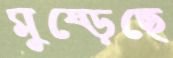
মুষ্‌ড়েছে